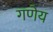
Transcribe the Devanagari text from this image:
गणेय